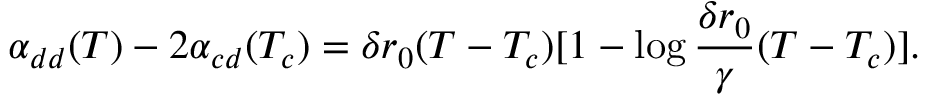
\alpha _ { d d } ( T ) - 2 \alpha _ { c d } ( T _ { c } ) = \delta r _ { 0 } ( T - T _ { c } ) [ 1 - \log \frac { \delta r _ { 0 } } { \gamma } ( T - T _ { c } ) ] .